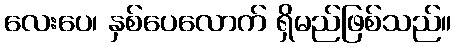
လေးပေ၊ နှစ်ပေလောက် ရှိမည်ဖြစ်သည်။